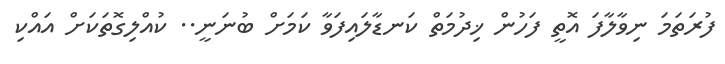
ފުރަތަމަ ނިވާލާފަ އޮތީ ފަހުން ޚިދުމަތް ކަނޑާލައިފަވާ ކަމަށް ބުނަނީ.. ކުއްލިގޮތަކަށް އައްކި